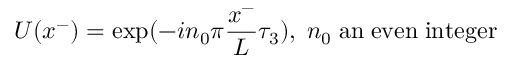
U ( x ^ { - } ) = \exp ( { - i n _ { 0 } \pi { \frac { x ^ { - } } { L } } \tau _ { 3 } ) } , \; n _ { 0 } \; \mathrm { { a n \; e v e n \; i n t e g e r } }